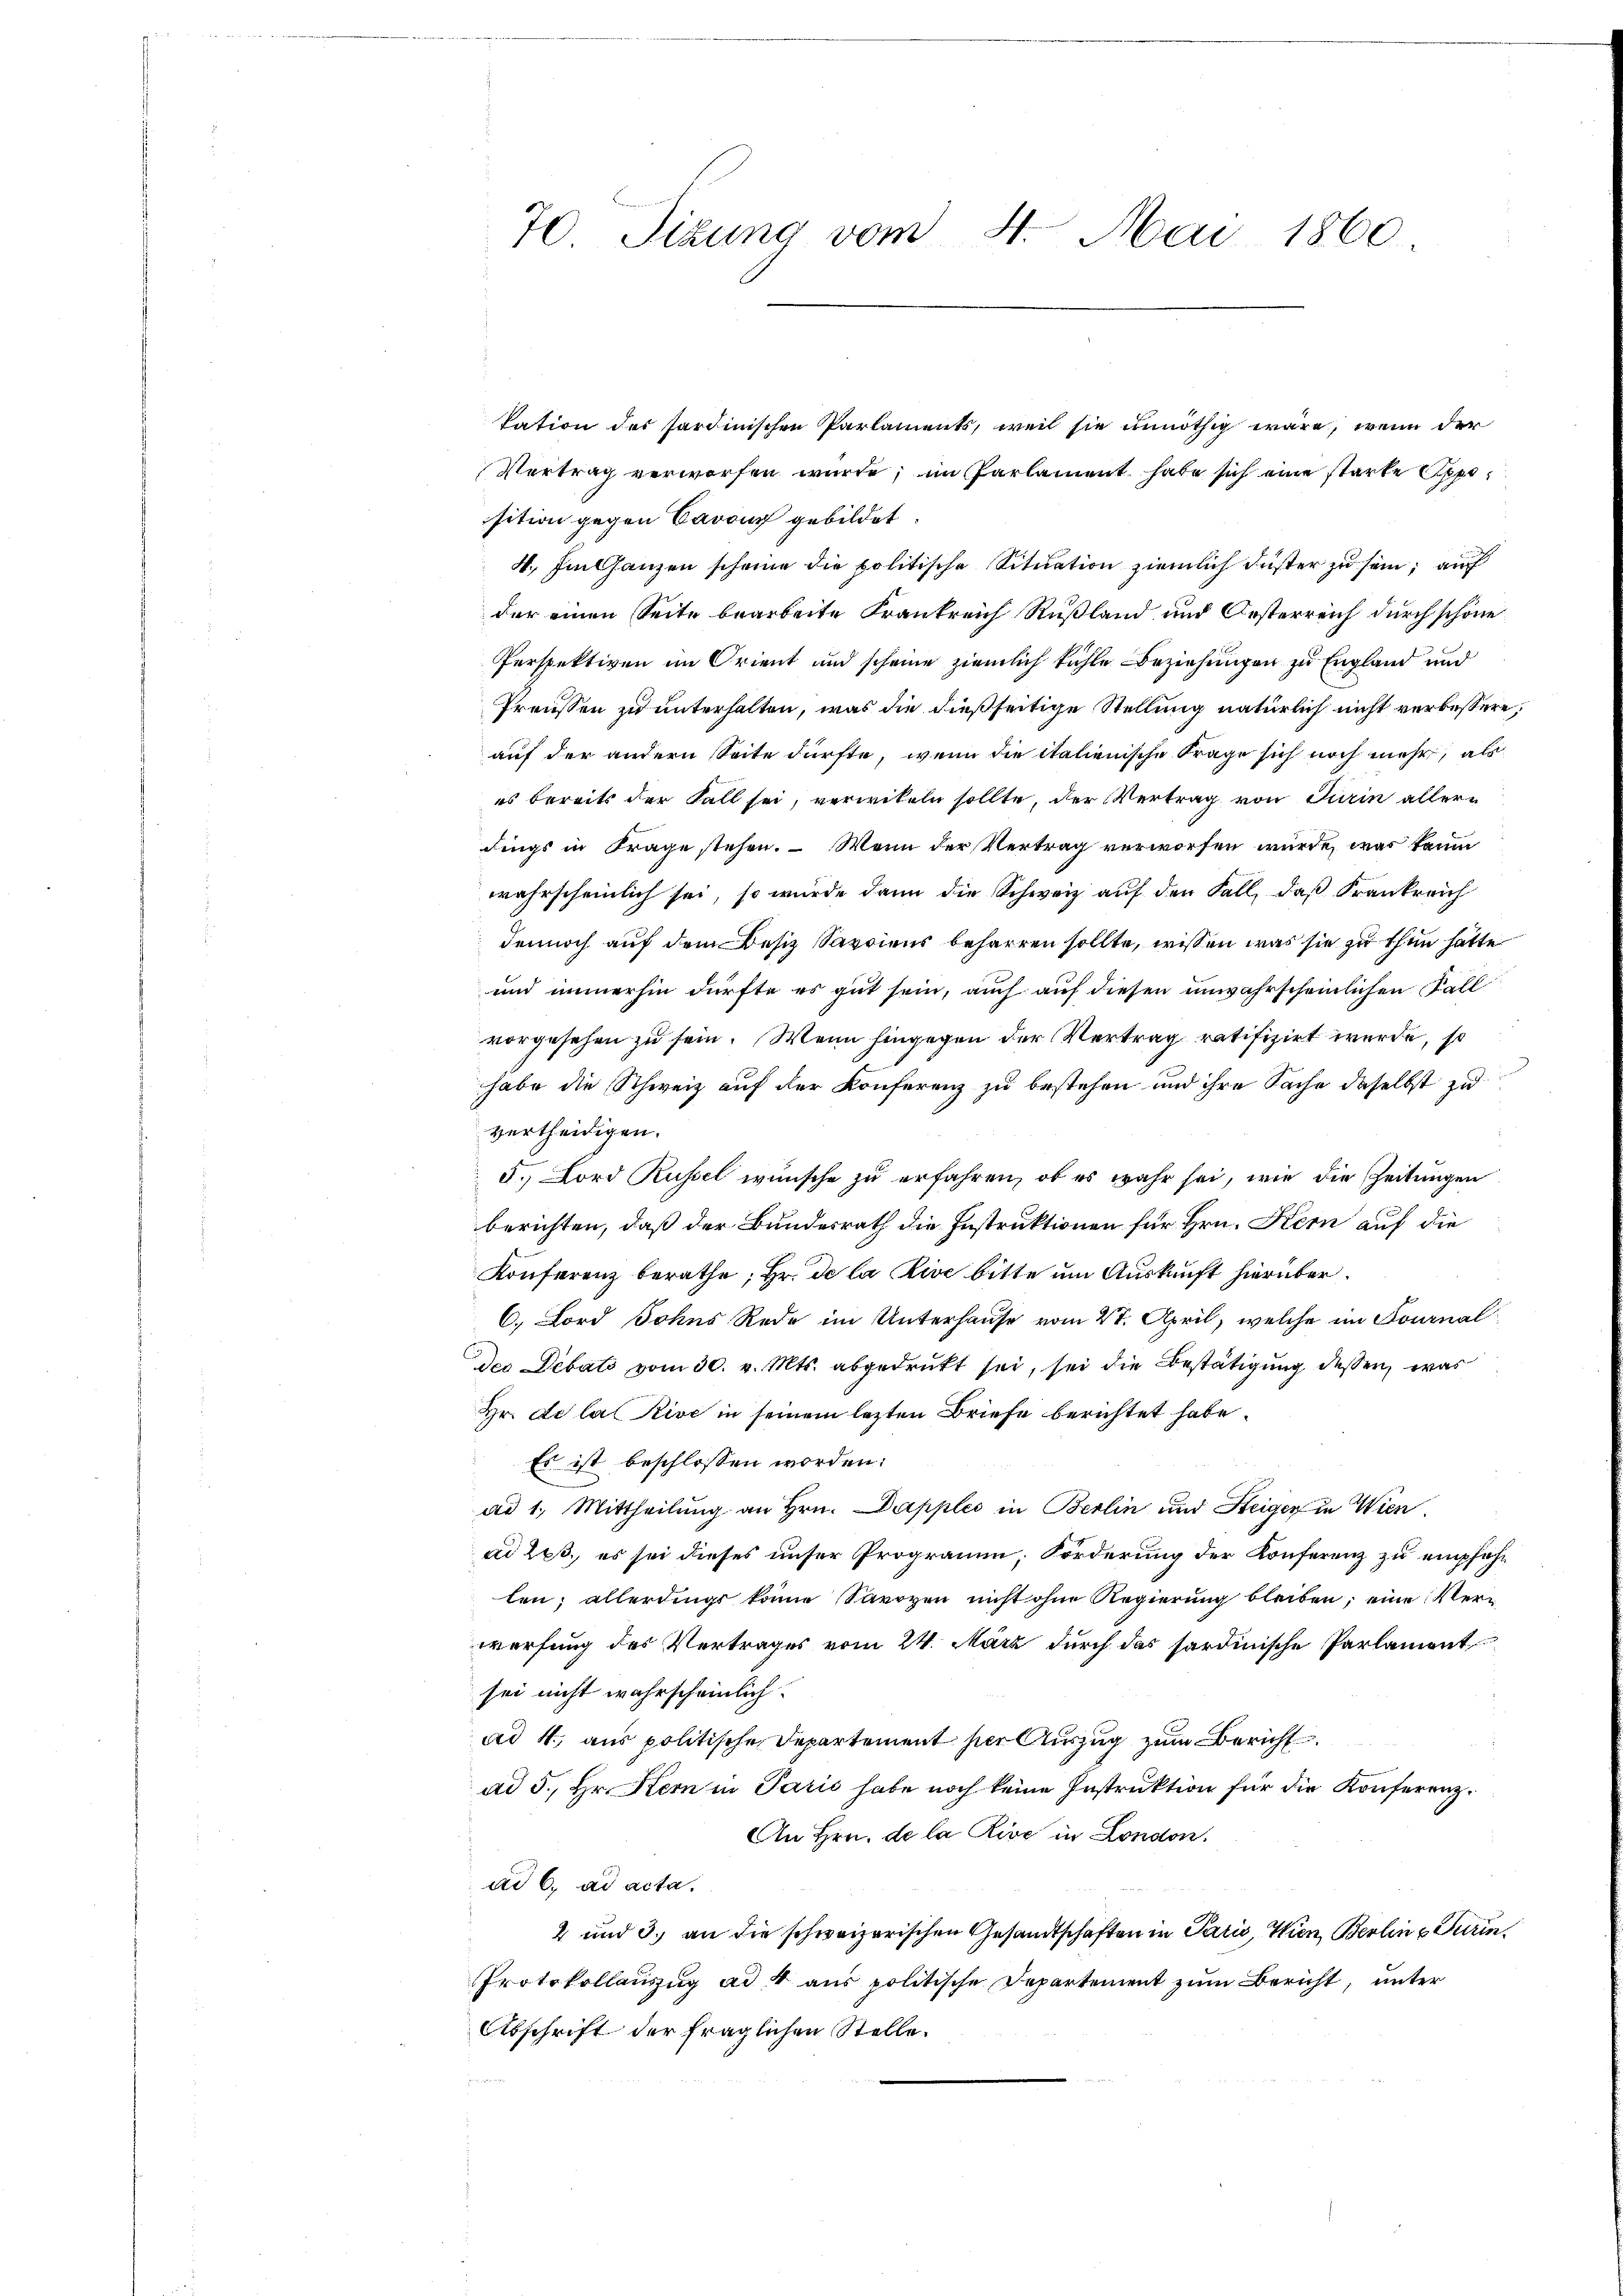
tation des sardinischen Parlaments, weil sie unnöthig wäre, wenn der
Vertrag verworfen wurde; im Parlament habe sich eine starke Opposition gegen Baron gebildet.
4. Im Ganzen scheine die politische Situation ziemlich düster zu sein; auch
der einen Seite bearbeite Frankreich Rußland und Oesterreich durch schöne
Perspektiven im Orient und scheine ziemlich fühle Beziehungen zu England und
Preussen zu unterhalten, was die dießseitige Stellung natürlich nicht verbessere,
auf der andern Seite dürfte, wenn die italienische Frage sich noch mehr, als
es bereits der Fall sei, verwikeln sollte, der Vertrag von Turin allern
dings in Frage stehen. – Wenn der Vertrag verworfen würde, was kaum
wahrscheinlich sei, so würde dann die Schweiz auf den Fall, daß Krankreich
dennoch auf dem Besitz Savoiens beharren sollte, wissen was sie zu thun hatte
und immerhin dürfte es gut sein, auch auf diesen unwahrscheinlichen Fall
vorgesehen zu sein. Wenn hingegen der Vertrag ratifizirt werde, so
habe die Schweiz auf der Konferenz zu bestehen und ihre Sache daselbst zu
vertheidigen.
d. Lord Russel wünsche zu erfahren, ob es wahr sei, wie die Zeitungen
berichten, daß der Bundesrath die Instruktionen für Hrn. Kern auf die
Konferenz berathe, Hr. de la rive bitte um Auskunft hierüber.
6. Lord Johns Rede im Unterhause vom 27. April, welche im Fournal
der Debats vom 30. v. Mts. abgedrukt sei, sei die Bestätigung dessen, was
Hr. De la Rive in seinem lezten Briefe berichtet habe.
Es ist beschlossen worden:
ad 1. Mittheilung an Hrn. Dapples in Berlin und Steiger in Wien.
ad 2., es sei dieses unser Programm, Forderung der Konferenz zu empfehlen; allerdings könne Savoyen nicht ohne Regierung bleiben; eine Verwerfung des Vertrages vom 24. März durch das sardinische Parlament
sei nicht wahrscheinlich
ad 4. aus politische Departement hier Auszug zum Bericht
ad 5., Hr. Kern in Paris habe noch keine Instruktion für die Konferenz¬
An Hrn. de la Rive in London.
ad 6. ad acta.
2 und 3. an die schweizerischen Gesandtschaften in Paris, Wien, Berlin  Turin¬
Protokollauszug ad 4 aus politische Departement zum Bericht, unter
Abschrift der fraglichen Stelle.

70. Situng vom 4. Mai 1860.